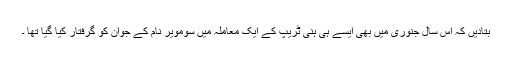
بتادیں کہ اس سال جنوری میں بھی ایسے ہی ہنی ٹریپ کے ایک معاملہ میں سومویر نام کے جوان کو گرفتار کیا گیا تھا ۔